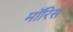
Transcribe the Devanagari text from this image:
माॅरिस